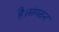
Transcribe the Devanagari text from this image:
है।संगठन